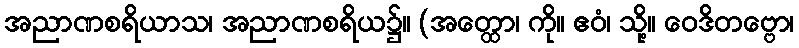
အညာဏစရိယာသ၊ အညာဏစရိယ၌။ (အတ္ထော၊ ကို။ ဧဝံ၊ သို့။ ဝေဒိတဗ္ဗော၊